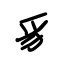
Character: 豸